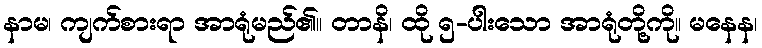
နာမ၊ ကျက်စားရာ အာရုံမည်၏။ တာနိ၊ ထို ၅-ပါးသော အာရုံတို့ကို။ မနေန၊